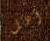
أهل